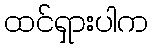
ထင်ရှားပါက